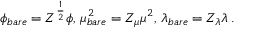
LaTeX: \phi _ { b a r e } = Z ^ { \frac { 1 } { 2 } } \phi , \, \mu _ { b a r e } ^ { 2 } = Z _ { \mu } \mu ^ { 2 } , \, \lambda _ { b a r e } = Z _ { \lambda } \lambda \, .